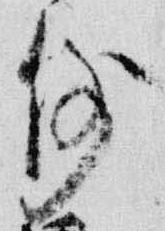
倒